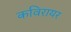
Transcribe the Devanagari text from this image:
कविरायर